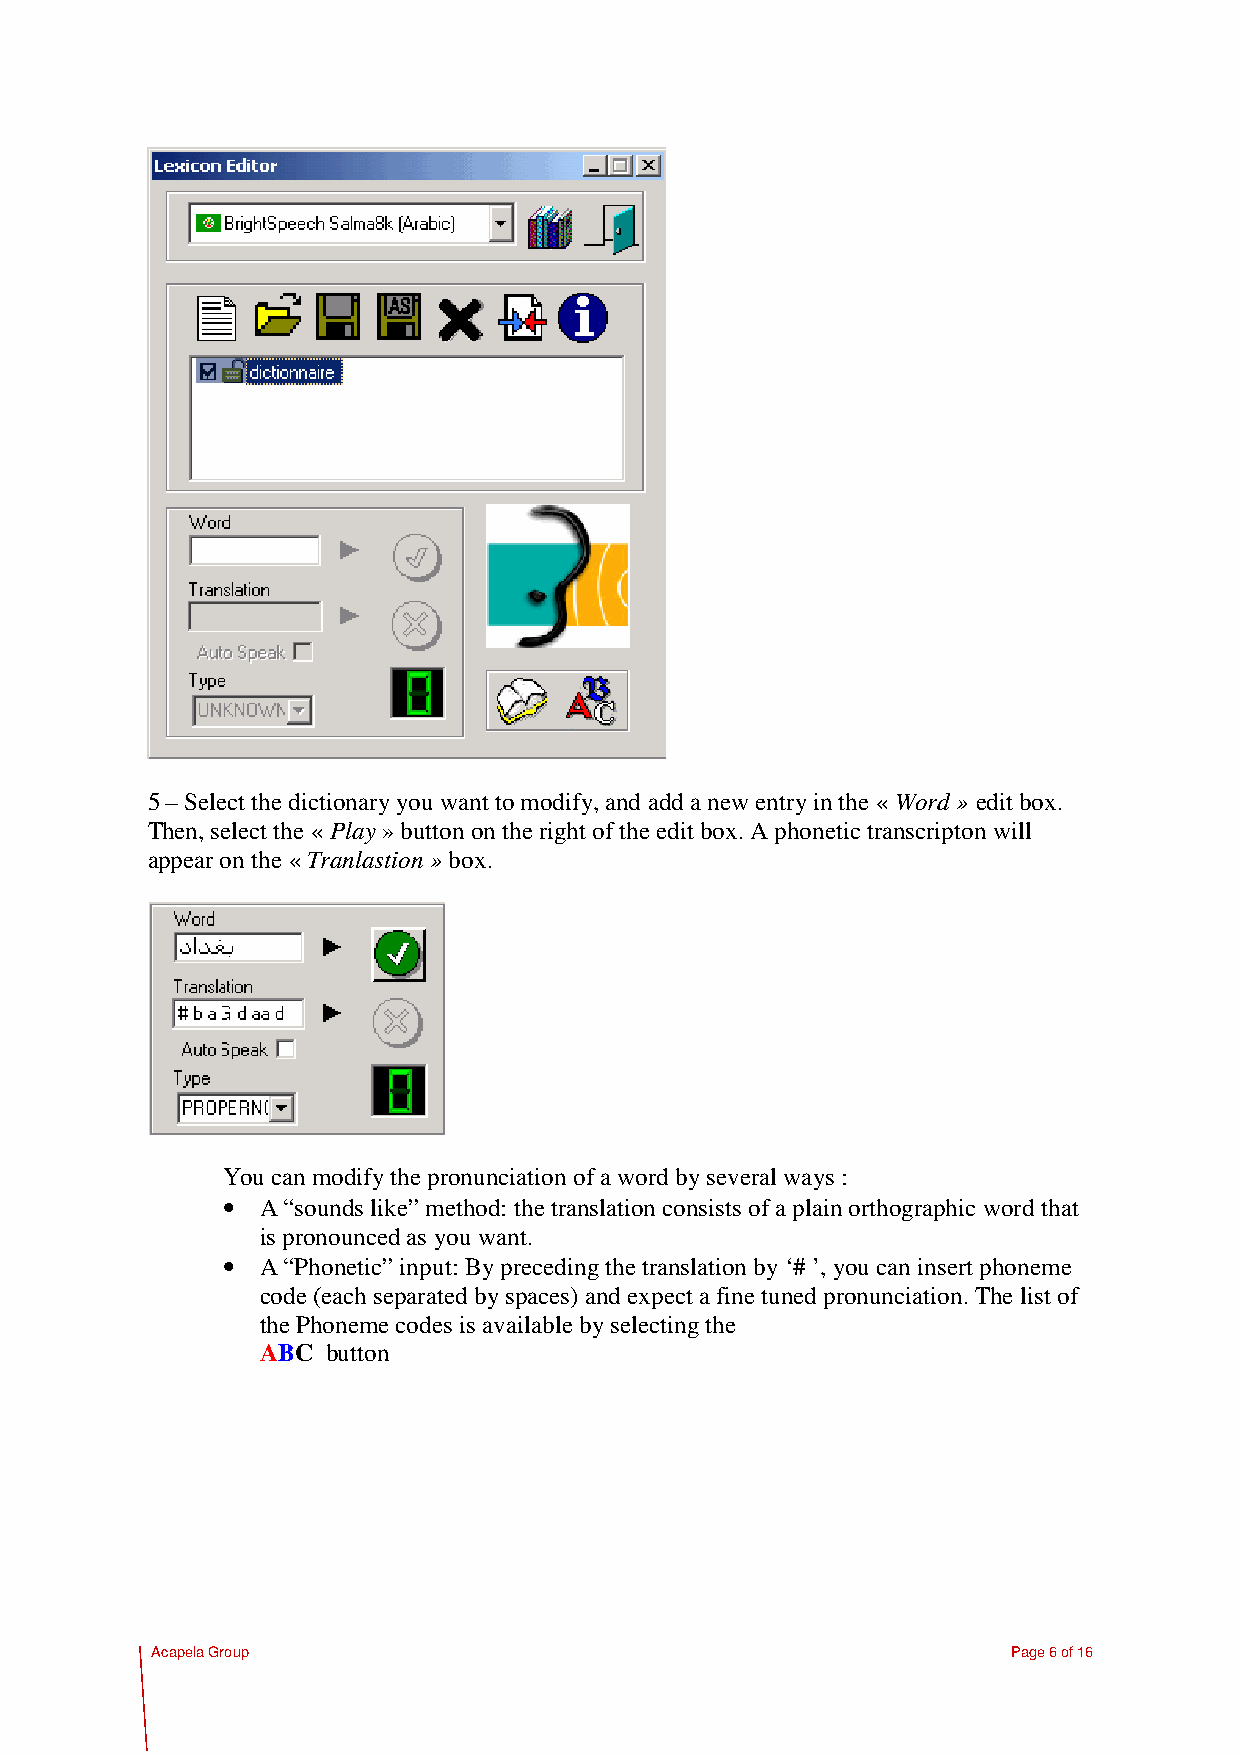
5 – Select the dictionary you want to modify, and add a new entry in the « Word » edit box.
 Then, select the « Play » button on the right of the edit box. A phonetic transcripton will
 appear on the « Tranlastion » box.
 You can modify the pronunciation of a word by several ways :
 • A “sounds like” method: the translation consists of a plain orthographic word that
 is pronounced as you want.
 • A “Phonetic” input: By preceding the translation by ‘# ’, you can insert phoneme
 code (each separated by spaces) and expect a fine tuned pronunciation. The list of
 the Phoneme codes is available by selecting the
 ABC  button
 Acapela Group                                            Page 6 of 16